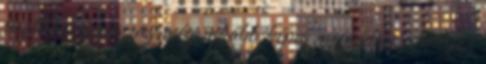
tisztítani képes, az még inkább képes megvédeni a súlyos